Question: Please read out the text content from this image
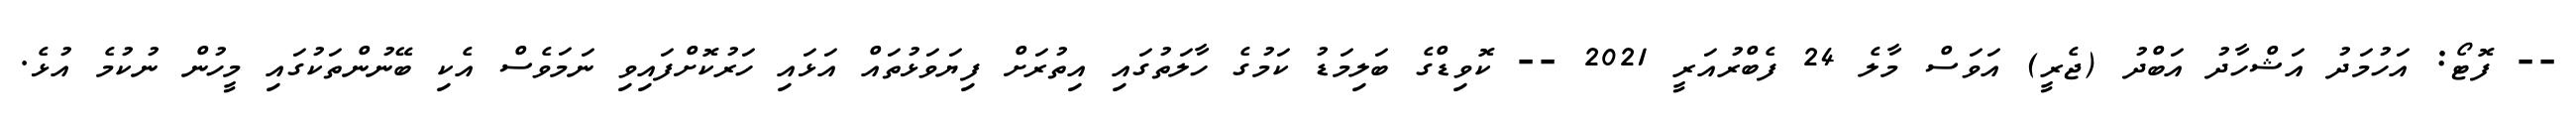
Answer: -- ފޮޓޯ: އަހުމަދު އަޝްހާދު އަބްދު (ޖެރީ) އަވަސް މާލެ 24 ފެބްރުއަރީ 2021 -- ކޮވިޑްގެ ބަލިމަޑު ކަމުގެ ހާލަތުގައި އިތުރަށް ފިޔަވަޅުތައް އަޅައި ހަރުކޮށްފައިވި ނަމަވެސް އެކި ބޭނުންތަކުގައި މީހުން ނުކުމެ އުޅެ.